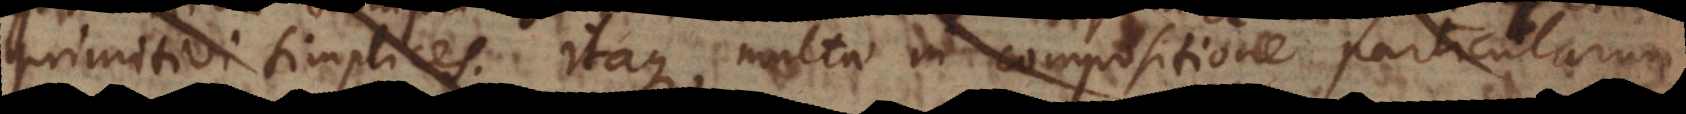
primitivi simplices. Itaque multae in compositione particularum